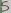
Text: 5